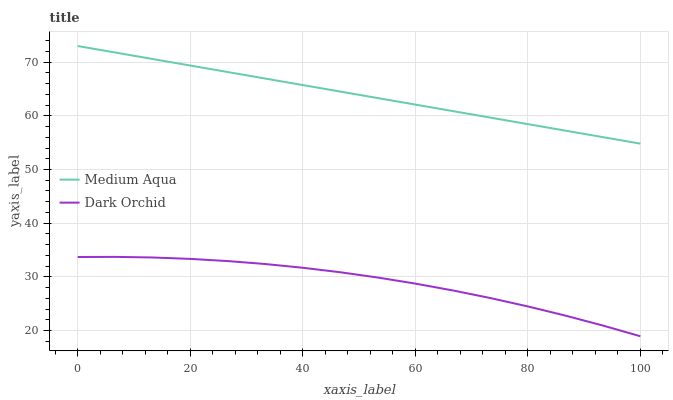
| xaxis_label | Medium Aqua | Dark Orchid |
 | --- | --- | --- |
 | 0 | 73 | 33.7 |
 | 6.67 | 71.8 | 33.7 |
 | 13.3 | 70.6 | 33.6 |
 | 20 | 69.4 | 33.3 |
 | 26.7 | 68.2 | 32.9 |
 | 33.3 | 66.9 | 32.4 |
 | 40 | 65.7 | 31.7 |
 | 46.7 | 64.5 | 30.9 |
 | 53.3 | 63.3 | 29.9 |
 | 60 | 62.1 | 28.7 |
 | 66.7 | 60.9 | 27.5 |
 | 73.3 | 59.7 | 26.1 |
 | 80 | 58.5 | 24.5 |
 | 86.7 | 57.2 | 22.8 |
 | 93.3 | 56 | 20.9 |
 | 100 | 54.8 | 18.9 |